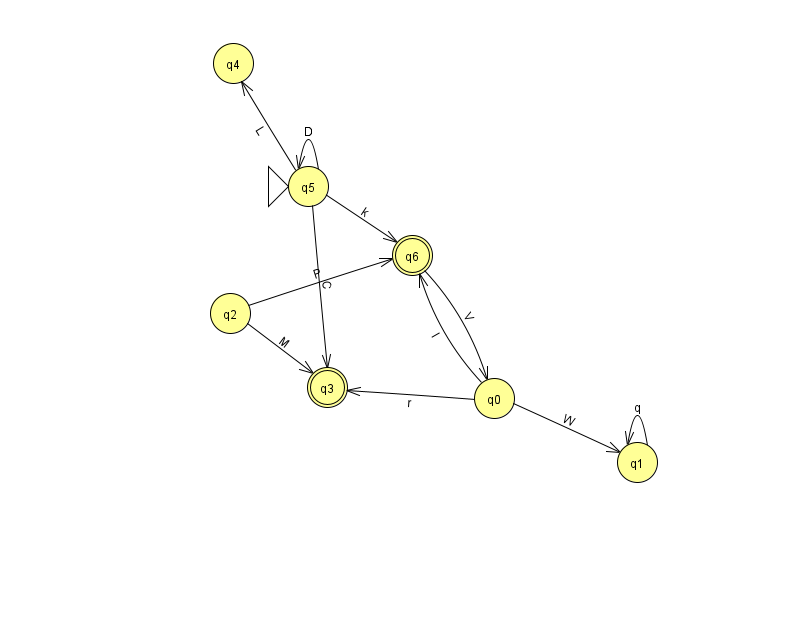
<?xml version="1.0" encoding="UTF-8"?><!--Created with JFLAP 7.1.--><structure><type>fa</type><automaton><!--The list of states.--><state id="0" name="q0"><x>494.0</x><y>385.0</y></state><state id="1" name="q1"><x>637.0</x><y>449.0</y></state><state id="2" name="q2"><x>230.0</x><y>300.0</y></state><state id="3" name="q3"><x>327.0</x><y>374.0</y><final/></state><state id="4" name="q4"><x>233.0</x><y>50.0</y></state><state id="5" name="q5"><x>308.0</x><y>173.0</y><initial/></state><state id="6" name="q6"><x>412.0</x><y>242.0</y><final/></state><!--The list of transitions.--><transition><from>0</from><to>6</to><read>I</read></transition><transition><from>1</from><to>1</to><read>q</read></transition><transition><from>2</from><to>6</to><read>P</read></transition><transition><from>5</from><to>5</to><read>D</read></transition><transition><from>5</from><to>6</to><read>k</read></transition><transition><from>0</from><to>1</to><read>W</read></transition><transition><from>2</from><to>3</to><read>M</read></transition><transition><from>5</from><to>3</to><read>C</read></transition><transition><from>5</from><to>4</to><read>L</read></transition><transition><from>0</from><to>3</to><read>r</read></transition><transition><from>6</from><to>0</to><read>V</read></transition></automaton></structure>